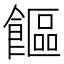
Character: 饇